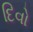
દિવો